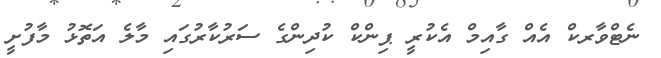
ނެޓްވާރކް އެއް ގާއިމް އެކުރީ ޕިންކް ކުދިންގެ ސަރުކާރުގައި މާލެ އަތޮޅު މާފުށީ